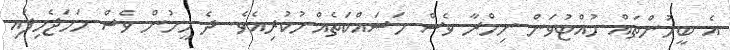
އެ ބީހުންތައް ހުއްޓުވަން ނިމްރާ ވެސް މަސައްކަތެއްނުކުރިއެވެ. ދެ މީހުން ވެސް ހަމަޖެހިފައި